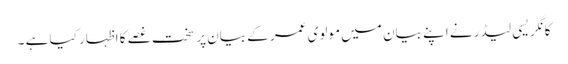
کانگریسی لیڈر نے اپنے بیان میں مولوی عمر کے بیان پر سخت غصے کا اظہار کیا ہے ۔